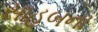
સાહબના